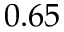
0 . 6 5